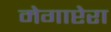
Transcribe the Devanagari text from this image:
मेगाप्टेरा